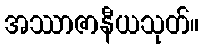
အဿာဇာနီယသုတ်။